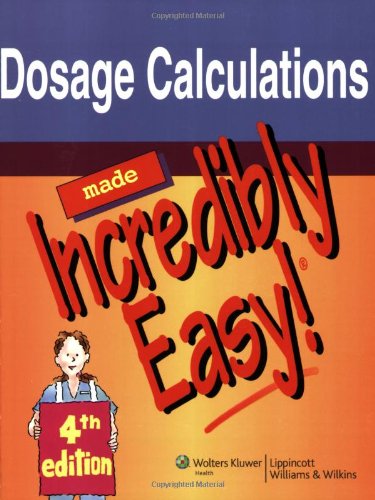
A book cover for Dosage Calculations Made Incredibly Easy! (Incredibly Easy! SeriesÂ®); Springhouse; Medical Books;